Vaccination in Burma 1889-1999 - 1889-1999
Year: 1889
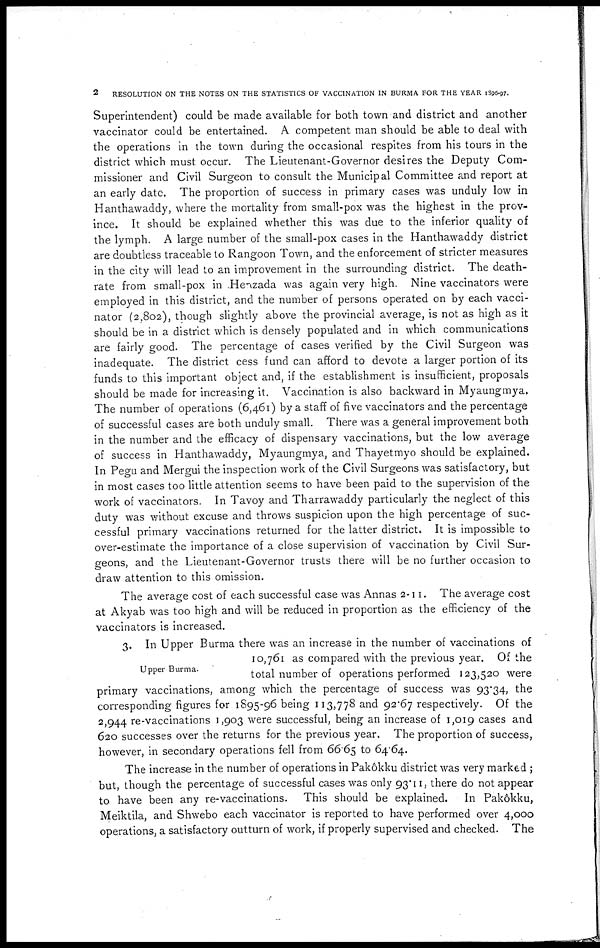
2
RESOLUTION ON THE NOTES ON THE STATISTICS OF VACCINATION IN BURMA FOR THE YEAR 1896-97.
Superintendent) could be made available for both town and district and another
vaccinator could be entertained. A competent man should be able to deal with
the operations in the town during the occasional respites from his tours in the
district which must occur. The Lieutenant-Governor desires the Deputy Com-
missioner and Civil Surgeon to consult the Municipal Committee and report at
an early date. The proportion of success in primary cases was unduly low in
Hanthawaddy, where the mortality from small-pox was the highest in the prov-
ince. It should be explained whether this was due to the inferior quality of
the lymph. A large number of the small-pox cases in the Hanthawaddy district
are doubtless traceable to Rangoon Town, and the enforcement of stricter measures
in the city will lead to an improvement in the surrounding district. The death-
rate from small-pox in .Henzada was again very high. Nine vaccinators were
employed in this district, and the number of persons operated on by each vacci-
nator (2,802), though slightly above the provincial average, is not as high as it
should be in a district which is densely populated and in which communications
are fairly good. The percentage of cases verified by the Civil Surgeon was
inadequate. The district cess fund can afford to devote a larger portion of its
funds to this important object and, if the establishment is insufficient, proposals
should be made for increasing it. Vaccination is also backward in Myaungmya.
The number of operations (6,461) by a staff of five vaccinators and the percentage
of successful cases are both unduly small. There was a general improvement both
in the number and the efficacy of dispensary vaccinations, but the low average
of success in Hanthawaddy, Myaungmya, and Thayetmyo should be explained.
In Pegu and Mergui the inspection work of the Civil Surgeons was satisfactory, but
in most cases too little attention seems to have been paid to the supervision of the
work of vaccinators. In Tavoy and Tharrawaddy particularly the neglect of this
duty was without excuse and throws suspicion upon the high percentage of suc-
cessful primary vaccinations returned for the latter district. It is impossible to
over-estimate the importance of a close supervision of vaccination by Civil Sur-
geons, and the Lieutenant-Governor trusts there will be no further occasion to
draw attention to this omission.
The average cost of each successful case was Annas 2-11. The average cost
at Akyab was too high and will be reduced in proportion as the efficiency of the
vaccinators is increased.
Upper Burma.
3. In Upper Burma there was an increase in the number of vaccinations of
10,761 as compared with the previous year. Of the
total number of operations performed 123,520 were
primary vaccinations, among which the percentage of success was 93.34, the
corresponding figures for 1895-96 being 113,778 and 92.67 respectively. Of the
2,944 re-vaccinations 1,903 were successful, being an increase of 1,019 cases and
620 successes over the returns for the previous year. The proportion of success,
however, in secondary operations fell from 66.65 to 64.64.
The increase in the number of operations in Pakokku district was very marked ;
but, though the percentage of successful cases was only 93.11, there do not appear
to have been any re-vaccinations. This should be explained. In Pakôkku,
Meiktila, and Shwebo each vaccinator is reported to have performed over 4,000
operations, a satisfactory outturn of work, if properly supervised and checked. The